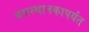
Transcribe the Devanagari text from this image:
बसस्थानकापर्यंत